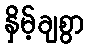
နှိမ့်ချစွာ